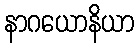
နာဂယောနိယာ